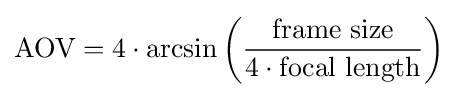
{\text{AOV}}=4\cdot \arcsin \left({\frac {\text{frame size}}{4\cdot {\text{focal length}}}}\right)